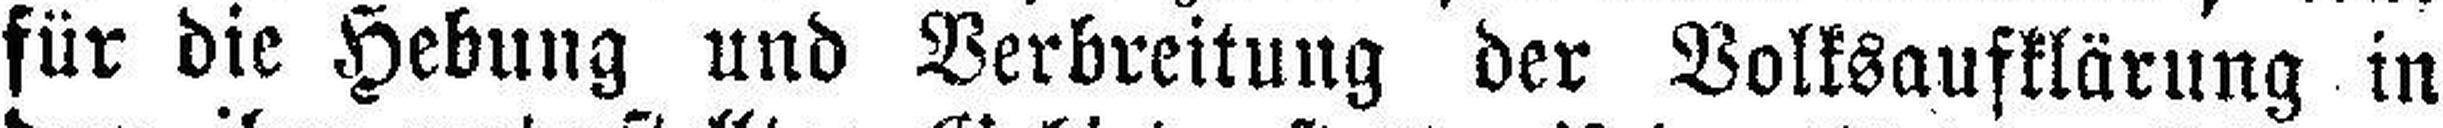
für die Hebung und Verbreitung der Volksaufklärung in